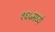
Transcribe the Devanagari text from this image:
१६५मध्ये